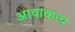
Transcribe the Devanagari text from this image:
आवाकाच